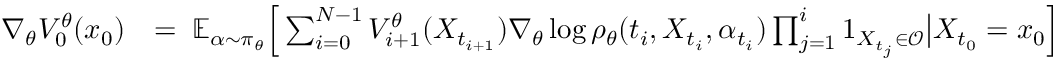
\begin{array} { r l } { \nabla _ { \theta } V _ { 0 } ^ { \theta } ( x _ { 0 } ) } & { = \; \mathbb { E } _ { \alpha \sim \pi _ { \theta } } \Big [ \sum _ { i = 0 } ^ { N - 1 } V _ { i + 1 } ^ { \theta } ( X _ { t _ { i + 1 } } ) \nabla _ { \theta } \log \rho _ { \theta } ( t _ { i } , X _ { t _ { i } } , \alpha _ { t _ { i } } ) \prod _ { j = 1 } ^ { i } 1 _ { X _ { t _ { j } } \in \mathcal { O } } \big | X _ { t _ { 0 } } = x _ { 0 } \Big ] } \end{array}